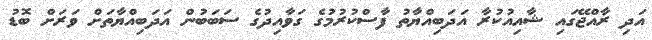
އަދި ރާއްޖޭގައި ޝާއިއުކުރާ އަދަބިއްޔާތު ފާސްކުރުމުގެ ގަވާއިދުގެ ސަބަބުން އަދަބިއްޔާތަށް ވަރަށް ބޮޑު